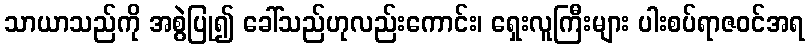
သာယာသည်ကို အစွဲပြု၍ ခေါ်သည်ဟုလည်းကောင်း၊ ရှေးလူကြီးများ ပါးစပ်ရာဇဝင်အရ